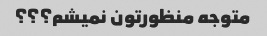
متوجه منظورتون نمیشم؟؟؟